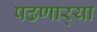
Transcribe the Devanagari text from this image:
पढणार्‍या